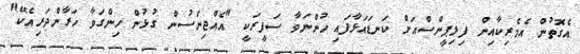
އެގޮތުން އެމެރިކާއިން ފިލިޕީންސްއަށް ކަނޑައަޅާފައި ހުންނަވާ ސަފީރަކީ "އެއްޖިންސުން ގުޅުން ހިންގަވާ ހަރާންދަރިއެކޭ"